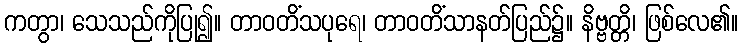
ကတွာ၊ သေသည်ကိုပြု၍။ တာဝတိံသပုရေ၊ တာဝတိံသာနတ်ပြည်၌။ နိဗ္ဗတ္တိ၊ ဖြစ်လေ၏။